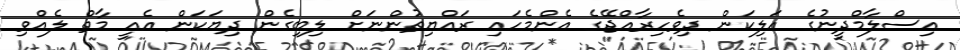
އިސްލާމްދީނުގެ އަލިކަން ދިވެހިރާއްޖޭގެ އެންމެހައި ރައްޔިތުންނަށް ލިބިގެން ދިޔަކަން އެއީ މާތް ލެއްވި